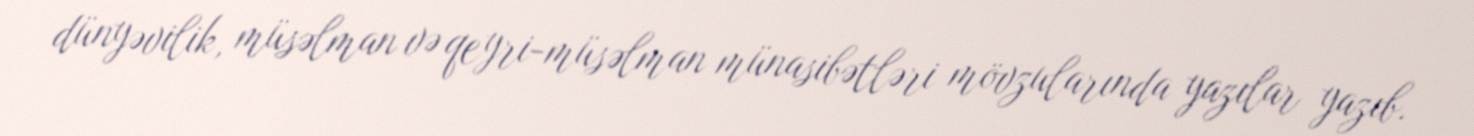
dünyəvilik, müsəlman və qeyri-müsəlman münasibətləri mövzularında yazılar yazıb.